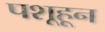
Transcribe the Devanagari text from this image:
पशूहून